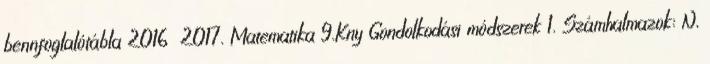
bennfoglalótábla 2016 2017. Matematika 9.Kny Gondolkodási módszerek 1. Számhalmazok: N,